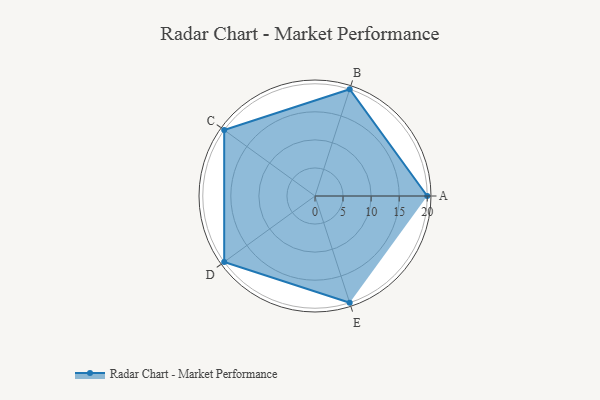
{"axis": {"x": "Skill", "y": "Score"}, "legend": ["Profile"], "data": [{"x": "A", "y": 20, "type": "Profile"}, {"x": "B", "y": 20, "type": "Profile"}, {"x": "C", "y": 20, "type": "Profile"}, {"x": "D", "y": 20, "type": "Profile"}, {"x": "E", "y": 20, "type": "Profile"}]}